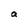
Character: a